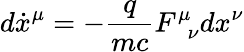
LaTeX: d\dot{x}^{\mu}=-\frac{q}{mc}F_{\, \, \, \nu}^{\mu}d{x}^{\nu}